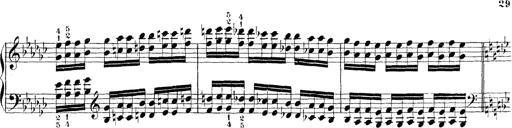
Title: Technische Studien
Composer: Franz Liszt